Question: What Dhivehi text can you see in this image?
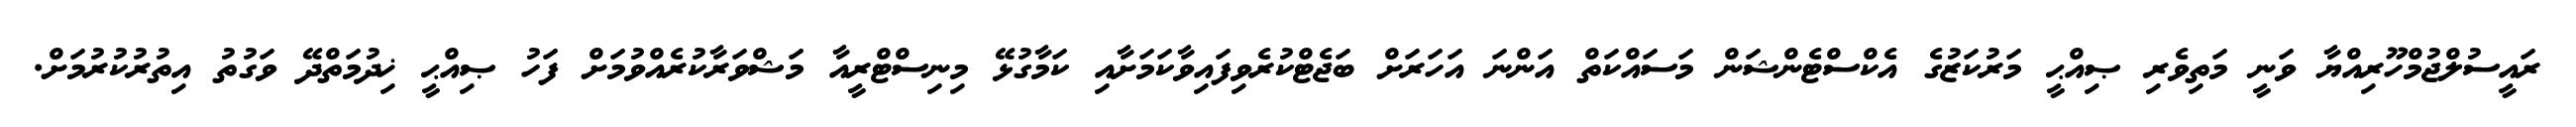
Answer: ރައީސުލްޖުމްހޫރިއްޔާ ވަނީ މަތިވެރި ޞިއްޙީ މަރުކަޒުގެ އެކްސްޓެންޝަން މަސައްކަތް އަންނަ އަހަރަށް ބަޖެޓްކުރެވިފައިވާކަމަށާއި ކަމާގުޅޭ މިނިސްޓްރީއާ މަޝްވަރާކުރެއްވުމަށް ފަހު ޞިއްޙީ ޚިދުމަތްދޭ ވަގުތު އިތުރުކުރުމަށް.